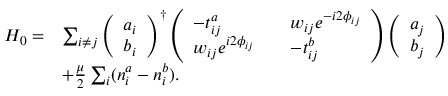
\begin{array} { r l } { H _ { 0 } = } & { \sum _ { i \neq j } \left( \begin{array} { l } { a _ { i } } \\ { b _ { i } } \end{array} \right) ^ { \dagger } \left( \begin{array} { l l l } { - t _ { i j } ^ { a } } & & { w _ { i j } e ^ { - i 2 \phi _ { i j } } } \\ { w _ { i j } e ^ { i 2 \phi _ { i j } } } & & { - t _ { i j } ^ { b } } \end{array} \right) \left( \begin{array} { l } { a _ { j } } \\ { b _ { j } } \end{array} \right) } \\ & { + \frac { \mu } { 2 } \sum _ { i } ( n _ { i } ^ { a } - n _ { i } ^ { b } ) . } \end{array}